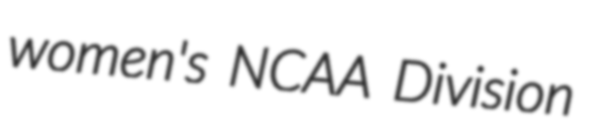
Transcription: women's NCAA Division